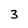
Character: 3